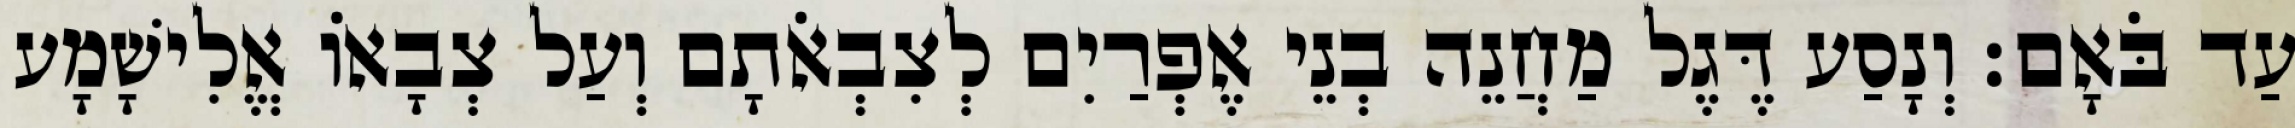
עַד בֹּאָם׃ וְנָסַע דֶּגֶל מַחֲנֵה בְנֵי אֶפְרַיִם לְצִבְאֹתָם וְעַל צְבָאוֹ אֱלִישָׁמָע